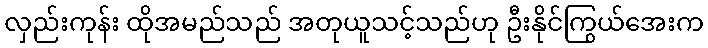
လှည်းကုန်း ထိုအမည်သည် အတုယူသင့်သည်ဟု ဦးနိုင်ကြွယ်အေးက